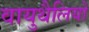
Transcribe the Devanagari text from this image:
वायुथैलियों